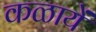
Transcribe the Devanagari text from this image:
कळायें